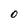
Character: O